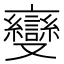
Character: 𬽠